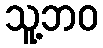
သူ့ဘဝ